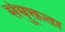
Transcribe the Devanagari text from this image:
संयु्क्तता